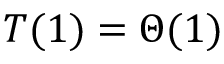
T ( 1 ) = \Theta ( 1 )